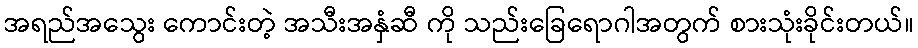
အရည်အသွေး ကောင်းတဲ့ အသီးအနှံဆီ ကို သည်းခြေရောဂါအတွက် စားသုံးခိုင်းတယ်။